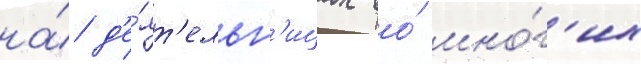
на́ д'е́ят'ельн'ицах во́ мно́г'их